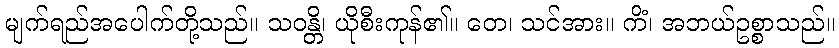
မျက်ရည်အပေါက်တို့သည်။ သဝန္တိ၊ ယိုစီးကုန်၏။ တေ၊ သင်အား။ ကိံ၊ အဘယ်ဥစ္စာသည်။